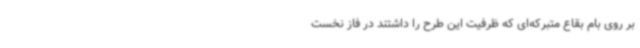
بر روی بام بقاع متبرکه‌ای که ظرفیت این طرح را داشتند در فاز نخست